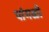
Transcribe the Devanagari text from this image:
पांगळी